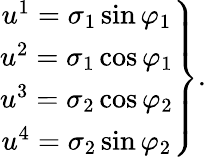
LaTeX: \left.\begin{array}{c}{{u^{1}=\sigma_{1}\sin\varphi_{1}}}\\ {{u^{2}=\sigma_{1}\cos\varphi_{1}}}\\ {{u^{3}=\sigma_{2}\cos\varphi_{2}}}\\ {{u^{4}=\sigma_{2}\sin\varphi_{2}}}\end{array}\right\} .